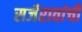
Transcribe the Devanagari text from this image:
सर्जेरावांची